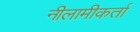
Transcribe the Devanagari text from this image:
नीलामीकर्ता